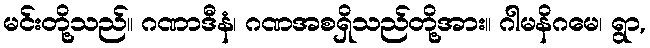
မင်းတို့သည်။ ဂဏာဒီနံ၊ ဂဏအစရှိသည်တို့အား။ ဂါမနိဂမေ၊ ရွာ,